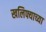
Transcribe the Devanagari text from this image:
खलिफ्याच्या